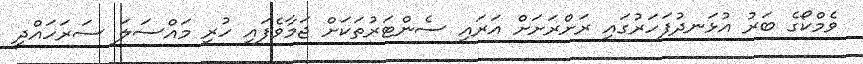
ވެމްކޯގެ ބަރު އުޅަނދުފަހަރުގައި ރަށްރަށަށް އަރައި ސެންޓަރުތަކަށް ޖަމާވެފައި ހުރިި މައްސަލަ ސަރަހައްދީ